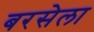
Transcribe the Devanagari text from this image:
बरसेला